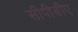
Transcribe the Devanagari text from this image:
सीपीडीए